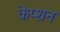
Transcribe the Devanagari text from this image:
केप्‍शन